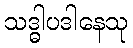
သဒ္ဓါပဒါနေသု